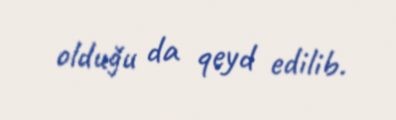
olduğu da qeyd edilib.